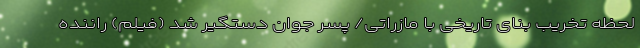
لحظه تخریب بنای تاریخی با مازراتی/ پسر جوان دستگیر شد (فیلم) راننده